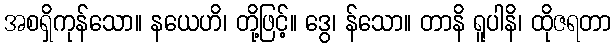
အစရှိကုန်သော။ နယေဟိ၊ တို့ဖြင့်။ ဒွေ၊ န်သော။ တာနိ ရူပါနိ၊ ထိုဇရတာ